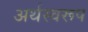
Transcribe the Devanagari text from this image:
अर्थस्वरूप